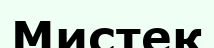
Мистек